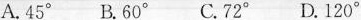
A.45° B.60° C.72° D.120°